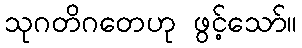
သုဂတိဂတေဟု ဖွင့်သော်။